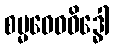
စမ္မဝေဓဝိဒ္ဓေါ